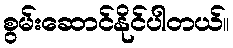
စွမ်းဆောင်နိုင်ပါတယ်။